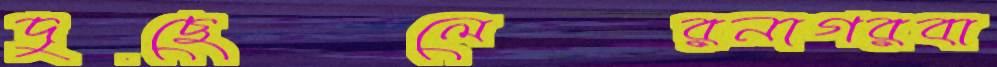
দুছেলেরনাগরবা